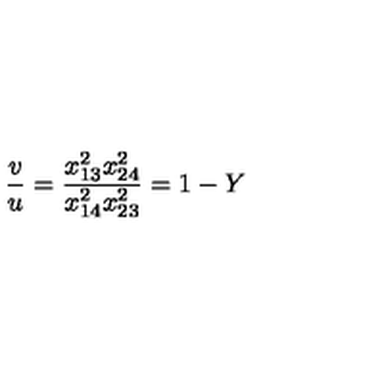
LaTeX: \frac { v } { u } = \frac { x _ { 1 3 } ^ { 2 } x _ { 2 4 } ^ { 2 } } { x _ { 1 4 } ^ { 2 } x _ { 2 3 } ^ { 2 } } = 1 - Y